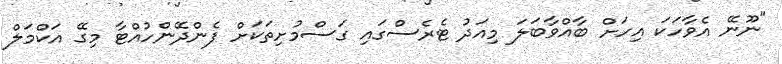
"ނޫނޭ އެވާހަކަ އިހަށް ބާއްވާބަލަ މިއަދު ޓެރެސްގައި ގަސްމުށިތަކަށް ފެންދޭންހުއްޓާ މިގޭ އަކްމަލް